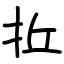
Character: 拞